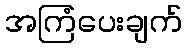
အကြံပေးချက်